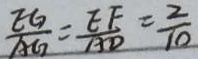
\frac { E G } { A G } = \frac { E F } { A D } = \frac { 2 } { 1 0 }